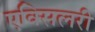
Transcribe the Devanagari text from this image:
एक्सिलरी